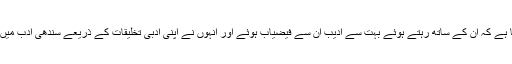
ایسا اس لیے کہا جارہا ہے کہ ان کے ساتھ رہتے ہوئے بہت سے ادیب ان سے فیضیاب ہوئے اور انہوں نے اپنی ادبی تخلیقات کے ذریعے سندھی ادب میں بے تحاشہ اضافہ کیا۔